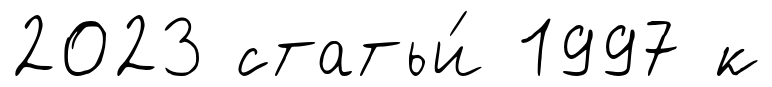
2023 статьи́ 1997 к